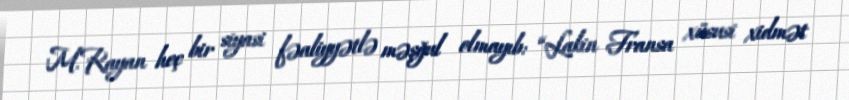
M.Rayan heç bir siyasi fəaliyyətlə məşğul olmayıb: “Lakin Fransa xüsusi xidmət